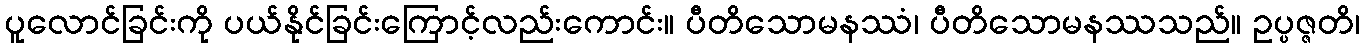
ပူလောင်ခြင်းကို ပယ်နိုင်ခြင်းကြောင့်လည်းကောင်း။ ပီတိသောမနဿံ၊ ပီတိသောမနဿသည်။ ဥပ္ပဇ္ဇတိ၊